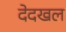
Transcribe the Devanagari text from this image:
देदखल